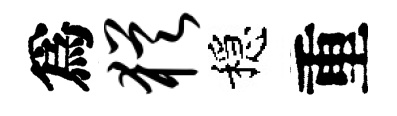
爲犹穩重